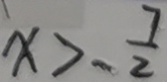
x > - \frac { 7 } { 2 }